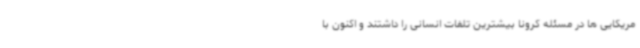
مریکایی ها در مسئله کرونا بیشترین تلفات انسانی را داشتند و اکنون با